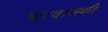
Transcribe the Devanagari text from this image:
श्चरवात्स्की